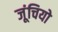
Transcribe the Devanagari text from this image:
जूंचियो